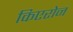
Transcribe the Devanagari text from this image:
किएरोन